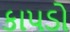
કાપડો